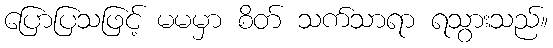
ပြောပြသဖြင့် မမမှာ စိတ် သက်သာရာ ရသွားသည်။